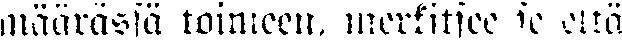
määrässä toimeen, merkitsee se että